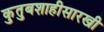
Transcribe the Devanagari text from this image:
कुतुबशाहीसारखी